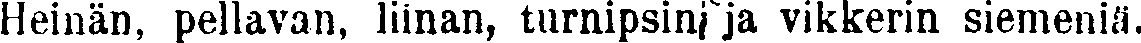
Heinän, pellavan, liinan, turnipsini ja vikkerin siemeniä.